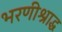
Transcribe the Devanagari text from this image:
भरणीश्राद्ध